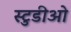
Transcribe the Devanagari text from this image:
स्टुडीओ